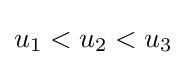
{\textstyle u_{1}<u_{2}<u_{3}}